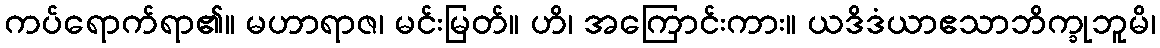
ကပ်ရောက်ရာ၏။ မဟာရာဇ၊ မင်းမြတ်။ ဟိ၊ အကြောင်းကား။ ယဒိဒံယာဧသာဘိက္ခုဘူမိ၊